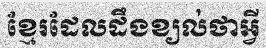
ខ្មែរដែលដឹងខ្យល់ថាអ្វី